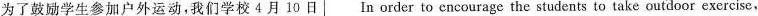
为了鼓励学生参加户外运动,我们学校 4 月 10 日 In order to encourage the students to take outdoor exercise,